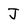
Character: J